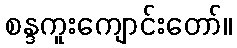
စန္ဒကူးကျောင်းတော်။